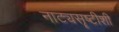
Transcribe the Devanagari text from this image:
नाट्यसॄष्टीशी